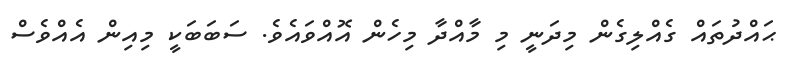
ޙައްދުތައް ގެއްލިގެން މިދަނީ މި މާއްދާ މިހެން އޮއްވައެވެ. ސަބަބަކީ މިއިން އެއްވެސް